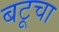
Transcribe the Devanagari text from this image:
बटूचा